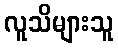
လူသိများသူ